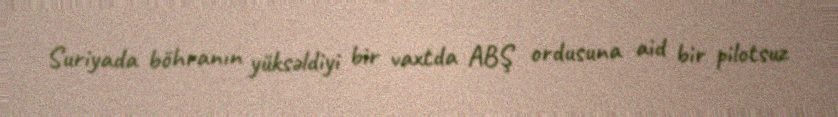
Suriyada böhranın yüksəldiyi bir vaxtda ABŞ ordusuna aid bir pilotsuz